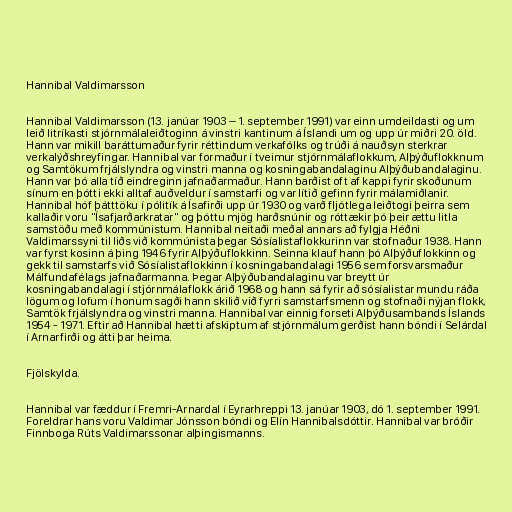
Hannibal Valdimarsson

Hannibal Valdimarsson (13. janúar 1903 – 1. september 1991) var einn umdeildasti og um
leið litríkasti stjórnmálaleiðtoginn á vinstri kantinum á Íslandi um og upp úr miðri 20. öld.
Hann var mikill baráttumaður fyrir réttindum verkafólks og trúði á nauðsyn sterkrar
verkalýðshreyfingar. Hannibal var formaður í tveimur stjórnmálaflokkum, Alþýðuflokknum
og Samtökum frjálslyndra og vinstri manna og kosningabandalaginu Alþýðubandalaginu.
Hann var þó alla tíð eindreginn jafnaðarmaður. Hann barðist oft af kappi fyrir skoðunum
sínum en þótti ekki alltaf auðveldur í samstarfi og var lítið gefinn fyrir málamiðlanir.
Hannibal hóf þátttöku í pólitík á Ísafirði upp úr 1930 og varð fljótlega leiðtogi þeirra sem
kallaðir voru "Ísafjarðarkratar" og þóttu mjög harðsnúnir og róttækir þó þeir ættu litla
samstöðu með kommúnistum. Hannibal neitaði meðal annars að fylgja Héðni
Valdimarssyni til liðs við kommúnista þegar Sósíalistaflokkurinn var stofnaður 1938. Hann
var fyrst kosinn á þing 1946 fyrir Alþýðuflokkinn. Seinna klauf hann þó Alþýðuflokkinn og
gekk til samstarfs við Sósíalistaflokkinn í kosningabandalagi 1956 sem forsvarsmaður
Málfundafélags jafnaðarmanna. Þegar Alþýðubandalaginu var breytt úr
kosningabandalagi í stjórnmálaflokk árið 1968 og hann sá fyrir að sósíalistar mundu ráða
lögum og lofum í honum sagði hann skilið við fyrri samstarfsmenn og stofnaði nýjan flokk,
Samtök frjálslyndra og vinstri manna. Hannibal var einnig forseti Alþýðusambands Íslands
1954 - 1971. Eftir að Hannibal hætti afskiptum af stjórnmálum gerðist hann bóndi í Selárdal
í Arnarfirði og átti þar heima.

Fjölskylda.

Hannibal var fæddur í Fremri-Arnardal í Eyrarhreppi 13. janúar 1903, dó 1. september 1991.
Foreldrar hans voru Valdimar Jónsson bóndi og Elín Hannibalsdóttir. Hannibal var bróðir
Finnboga Rúts Valdimarssonar alþingismanns.